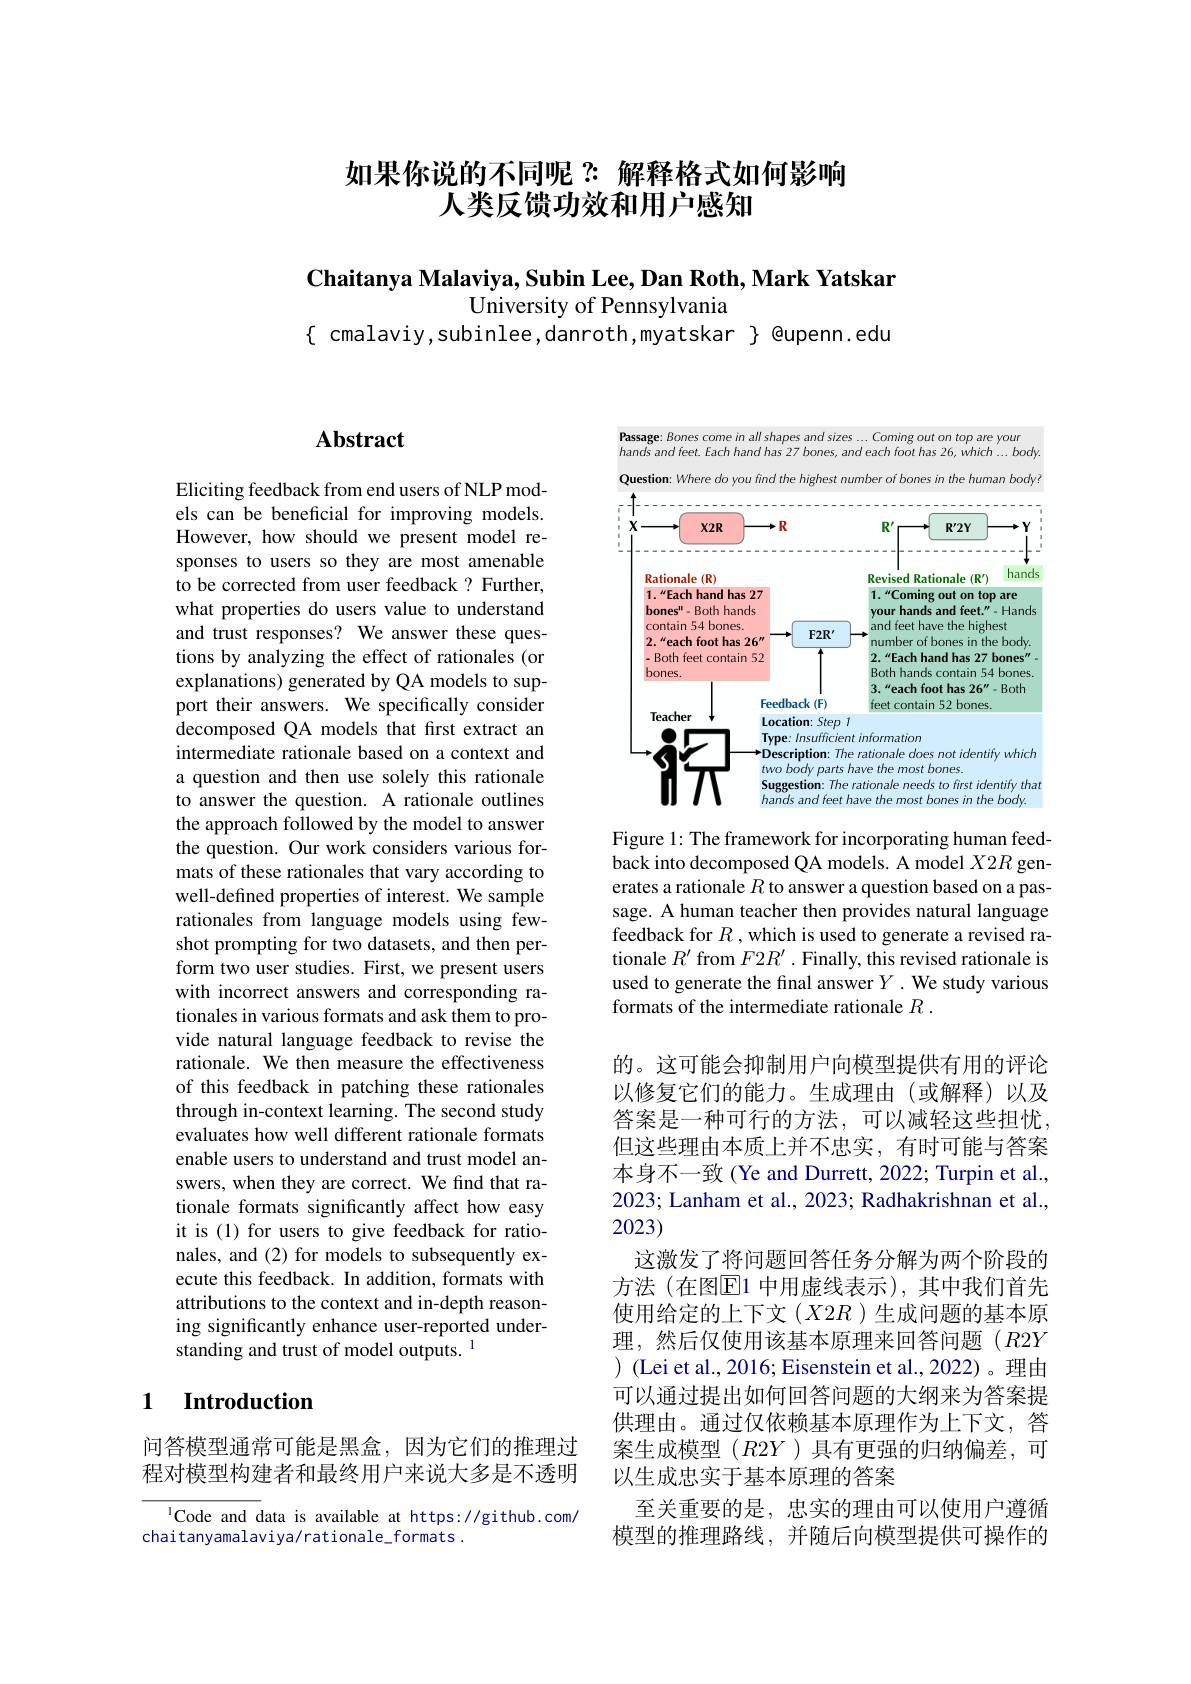
## 如果你说的不同呢？解释格式如何影响人类反馈功效和用户感知

$\textbf{Chaitanya Malaviya, Subin Lee, Dan Roth, Mark Yatskar}$
University of Pennsylvania
$\{$ cmalaviy,subinlee,danroth,myatskar $\}$ @upenn.edu

## Abstract

Eliciting feedback from end users of NLP models can be beneficial for improving models. However, how should we present model responses to users so they are most amenable to be corrected from user feedback ? Further, what properties do users value to understand and trust responses? We answer these questions by analyzing the effect of rationales (or explanations) generated by QA models to support their answers. We specifically consider decomposed QA models that first extract an intermediate rationale based on a context and a question and then use solely this rationale to answer the question. A rationale outlines the approach followed by the model to answer the question. Our work considers various formats of these rationales that vary according to well-defined properties of interest. We sample rationales from language models using fewshot prompting for two datasets, and then perform two user studies. First, we present users with incorrect answers and corresponding rationales in various formats and ask them to provide natural language feedback to revise the rationale. We then measure the effectiveness of this feedback in patching these rationales through in-context learning. The second study evaluates how well different rationale formats enable users to understand and trust model answers, when they are correct. We find that rationale formats significantly affect how easy it is (1) for users to give feedback for rationales, and (2) for models to subsequently execute this feedback. In addition, formats with attributions to the context and in-depth reasoning significantly enhance user-reported understanding and trust of model outputs. 1

## 1 $\textbf{Introduction}$

问答模型通常可能是黑盒，因为它们的推理过程对模型构建者和最终用户来说大多是不透明

$^{1}$Code and data is available at https://github.com/
chaitanyamalaviya/rationale_formats.

Passage: Bones come in all shapes and sizes ... Coming out on top are youn
hands and feet. Each hand has 27 bones, and each foot has 26, which ... body

the
the
<FigureHere>

Figure 1: The framework for incorporating human feedback into decomposed QA models. A model $X2R$ generates a rationale $R$ to answer a question based on a passage. A human teacher then provides natural language feedback for $R$ , which is used to generate a revised rationale $R^\prime$ from $F2R^\prime.$ Finally, this revised rationale is used to generate the final answer $Y.$ We study various formats of the intermediate rationale $R.$

的。这可能会抑制用户向模型提供有用的评论以修复它们的能力。生成理由(或解释)以及答案是一种可行的方法，可以减轻这些担忧但这些理由本质上并不忠实，有时可能与答案本身不一致(Ye and Durrett, 2022; Turpin et al., 2023; Lanham et al., 2023; Radhakrishnan et al., 2023)
这激发了将问题回答任务分解为两个阶段的方法(在图$\overline{\mathrm{E}}$1 中用虚线表示),其中我们首先使用给定的上下文$(X2R$ )生成问题的基本原理，然后仅使用该基本原理来回答问题(R2Y) ) (Lei et al., 2016; Eisenstein et al., 2022)。理由可以通过提出如何回答问题的大纲来为答案提供理由。通过仅依赖基本原理作为上下文，答案生成模型$(R2Y$ )具有更强的归纳偏差，可以生成忠实于基本原理的答案
至关重要的是，忠实的理由可以使用户遵循模型的推理路线，并随后向模型提供可操作的